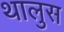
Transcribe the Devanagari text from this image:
थालुस